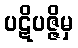
ပဋိပဇ္ဇိမှ